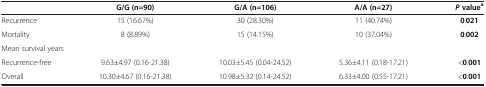
<table><thead><tr><td><b> </b></td><td><b>G/G (n=90)</b></td><td><b>G/A (n=106)</b></td><td><b>A/A (n=27)</b></td><td><b><i>P </i>value<sup>a</sup></b></td></tr></thead><tbody><tr><td>Recurrence</td><td>15 (16.67%)</td><td>30 (28.30%)</td><td>11 (40.74%)</td><td><b>0</b>.<b>021</b></td></tr><tr><td>Mortality</td><td>8 (8.89%)</td><td>15 (14.15%)</td><td>10 (37.04%)</td><td><b>0</b>.<b>002</b></td></tr><tr><td colspan="5">Mean survival years</td></tr><tr><td>Recurrence-free</td><td>9.63±4.97 (0.16-21.38)</td><td>10.03±5.45 (0.04-24.52)</td><td>5.36±4.11 (0.18-17.21)</td><td>&lt;<b>0</b>.<b>001</b></td></tr><tr><td>Overall</td><td>10.30±4.67 (0.16-21.38)</td><td>10.98±5.32 (0.14-24.52)</td><td>6.33±4.00 (0.55-17.21)</td><td>&lt;<b>0</b>.<b>001</b></td></tr></tbody></table>